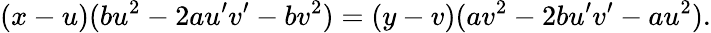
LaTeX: (x-u)(bu^{2}-2au^{\prime}v^{\prime}-bv^{2})=(y-v)(av^{2}-2bu^{\prime}v^{\prime}-au^{2}).